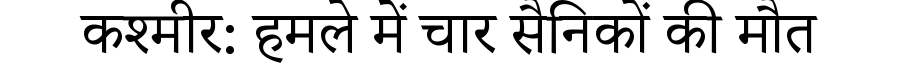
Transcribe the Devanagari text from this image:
कश्मीर: हमले में चार सैनिकों की मौत